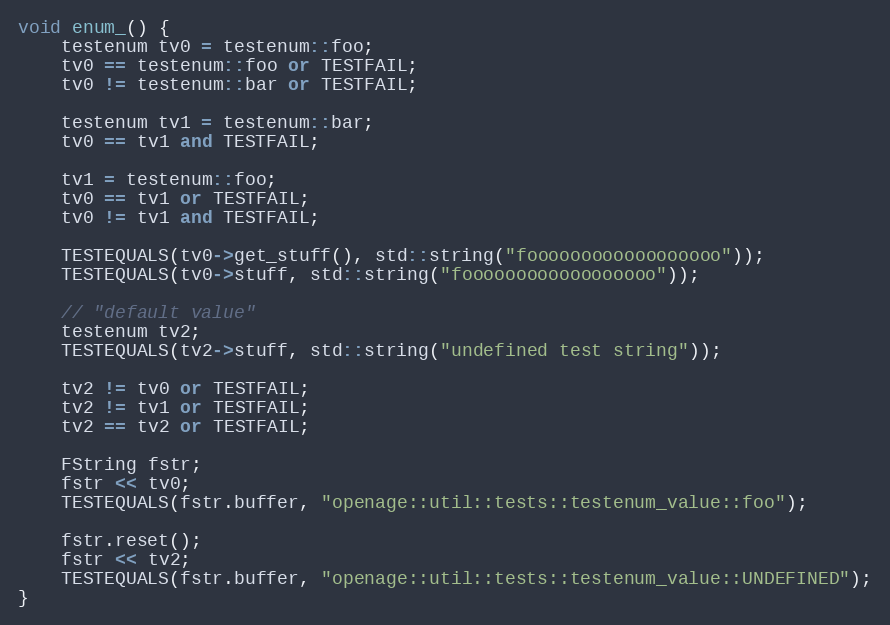
Language: C++
void enum_() {
	testenum tv0 = testenum::foo;
	tv0 == testenum::foo or TESTFAIL;
	tv0 != testenum::bar or TESTFAIL;

	testenum tv1 = testenum::bar;
	tv0 == tv1 and TESTFAIL;

	tv1 = testenum::foo;
	tv0 == tv1 or TESTFAIL;
	tv0 != tv1 and TESTFAIL;

	TESTEQUALS(tv0->get_stuff(), std::string("foooooooooooooooooo"));
	TESTEQUALS(tv0->stuff, std::string("foooooooooooooooooo"));

	// "default value"
	testenum tv2;
	TESTEQUALS(tv2->stuff, std::string("undefined test string"));

	tv2 != tv0 or TESTFAIL;
	tv2 != tv1 or TESTFAIL;
	tv2 == tv2 or TESTFAIL;

	FString fstr;
	fstr << tv0;
	TESTEQUALS(fstr.buffer, "openage::util::tests::testenum_value::foo");

	fstr.reset();
	fstr << tv2;
	TESTEQUALS(fstr.buffer, "openage::util::tests::testenum_value::UNDEFINED");
}